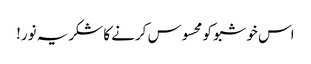
اس خوشبو کو محسوس کرنے کا شکریہ نور!